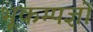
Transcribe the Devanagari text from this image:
भूकम्पज्ञों